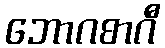
ဘောဂစာဂီ